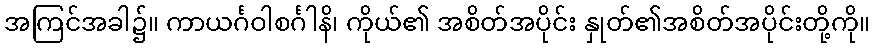
အကြင်အခါ၌။ ကာယင်္ဂဝါစင်္ဂါနိ၊ ကိုယ်၏ အစိတ်အပိုင်း နှုတ်၏အစိတ်အပိုင်းတို့ကို။